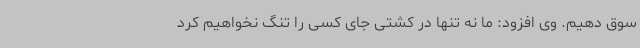
سوق دهیم. وی افزود: ما نه تنها در کشتی جای کسی را تنگ نخواهیم کرد